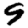
Digit: 9